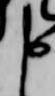
申